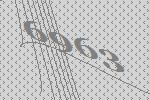
6963